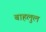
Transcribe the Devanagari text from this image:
बाहलुल